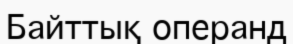
Байттық операнд